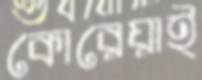
কোরেয়াই